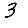
Digit: 3